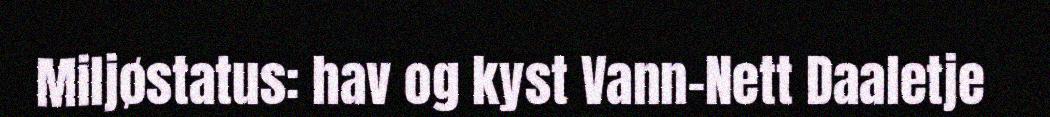
Miljøstatus: hav og kyst Vann-Nett Daaletje